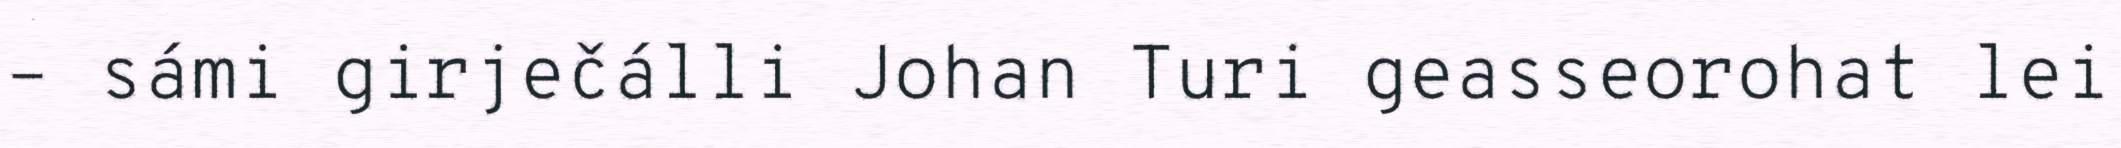
– sámi girječálli Johan Turi geasseorohat lei